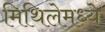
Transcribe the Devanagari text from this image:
मिथिलेमध्ये